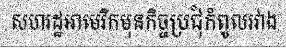
សហរដ្ឋអាមេរិកមុនកិច្ចប្រជុំកំពូលរវាង